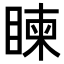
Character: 𥈵